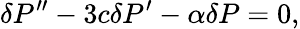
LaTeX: \delta P^{\prime\prime}-3c\delta P^{\prime}-\alpha\delta P=0,